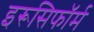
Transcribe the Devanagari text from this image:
इरूसिफॉर्म